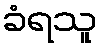
ခံရသူ